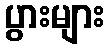
ပွားများ